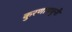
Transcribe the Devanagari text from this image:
कुरणामधुनी